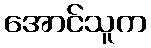
အောင်သူက